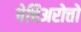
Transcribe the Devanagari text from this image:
पेचिअरोत्तो